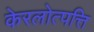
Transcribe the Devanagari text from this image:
केरलोत्पत्ति